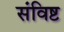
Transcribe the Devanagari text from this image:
संविष्ट